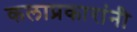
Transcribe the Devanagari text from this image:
कलाप्रकारांनी